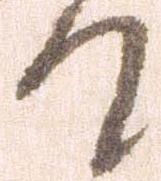
て